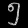
Digit: ၅